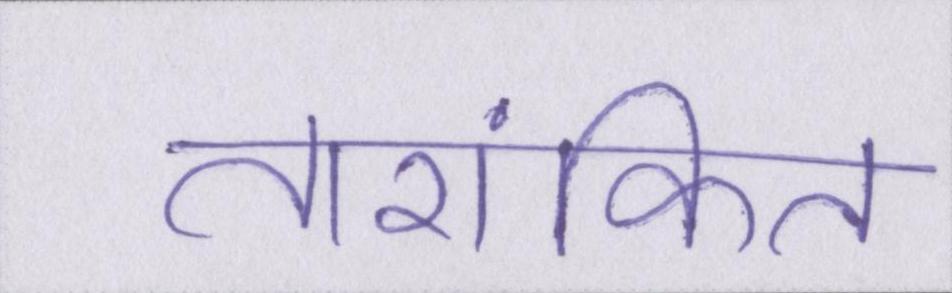
तारांकित